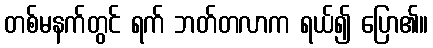
တစ်မနက်တွင် ရက် ဘတ်တလာက ရယ်၍ ပြော၏။